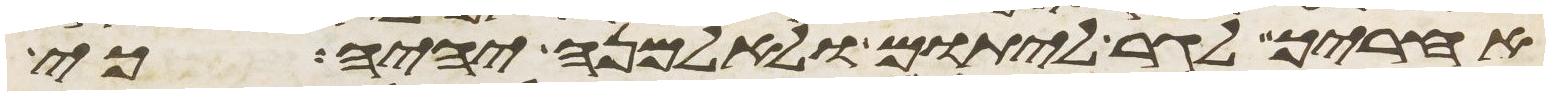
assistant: אחריך לגר ליתום ולאלמנה יהיה כי